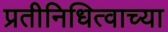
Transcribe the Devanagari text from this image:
प्रतीनिधित्वाच्या